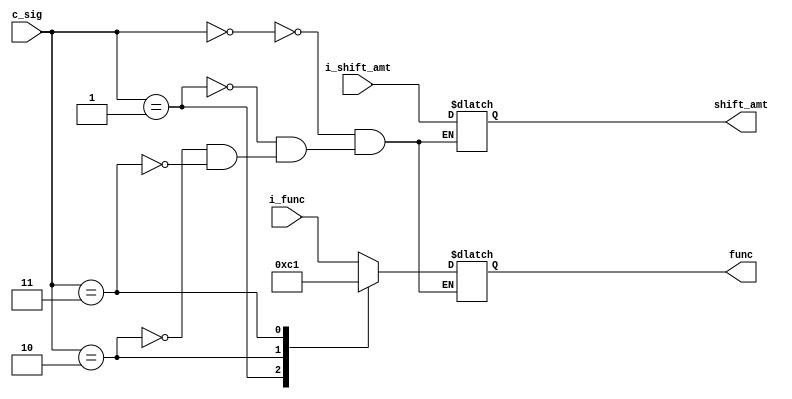
`timescale 1ns / 1ps

module ctrl_alu(c_sig,i_func,i_shift_amt,func,shift_amt);
input [2:0]c_sig;
input [5:0] i_func;
input [4:0] i_shift_amt;
output reg [5:0] func;
output reg [4:0] shift_amt;

always @(c_sig) begin
     case(c_sig) 
          0 : begin
              func = i_func;
              shift_amt = i_shift_amt;
          end
          1 : begin
              func = 6'b0;
              shift_amt = i_shift_amt;
          end
          2 : begin
              func = 6'b000011;
              shift_amt = i_shift_amt;
          end
          3 : begin
              func = 6'b000001;
              shift_amt = i_shift_amt;
          end
     endcase
end
endmodule